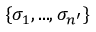
\{ \sigma _ { 1 } , . . . , \sigma _ { n ^ { \prime } } \}